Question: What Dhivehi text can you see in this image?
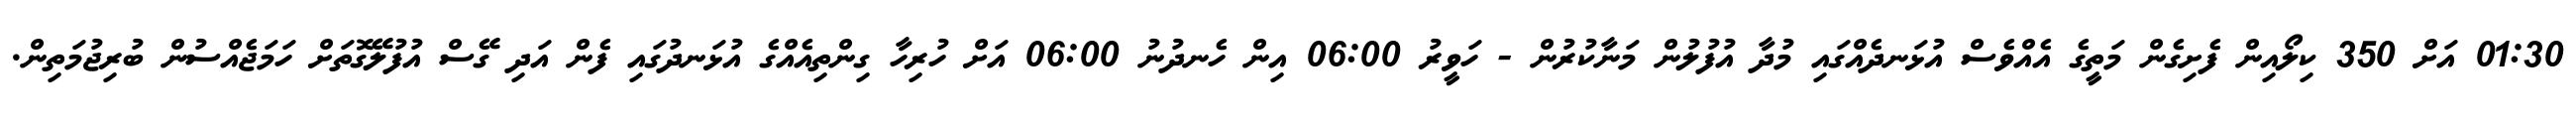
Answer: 01:30 އަށް 350 ކިލޯއިން ފެށިގެން މަތީގެ އެއްވެސް އުޅަނދެއްގައި މުދާ އުފުލުން މަނާކުރުން - ހަވީރު 06:00 އިން ހެނދުނު 06:00 އަށް ހުރިހާ ގިންތިއެއްގެ އުޅަނދުގައި ފެން އަދި ގޭސް އުފުލޭގޮތަށް ހަމަޖެއްސުން ބުރިޖުމަތިން.